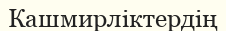
Кашмирліктердің